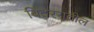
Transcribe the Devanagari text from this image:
बिदररातील